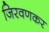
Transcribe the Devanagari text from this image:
जिरवणकर